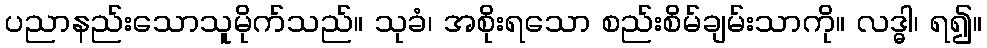
ပညာနည်းသောသူမိုက်သည်။ သုခံ၊ အစိုးရသော စည်းစိမ်ချမ်းသာကို။ လဒ္ဓါ၊ ရ၍။